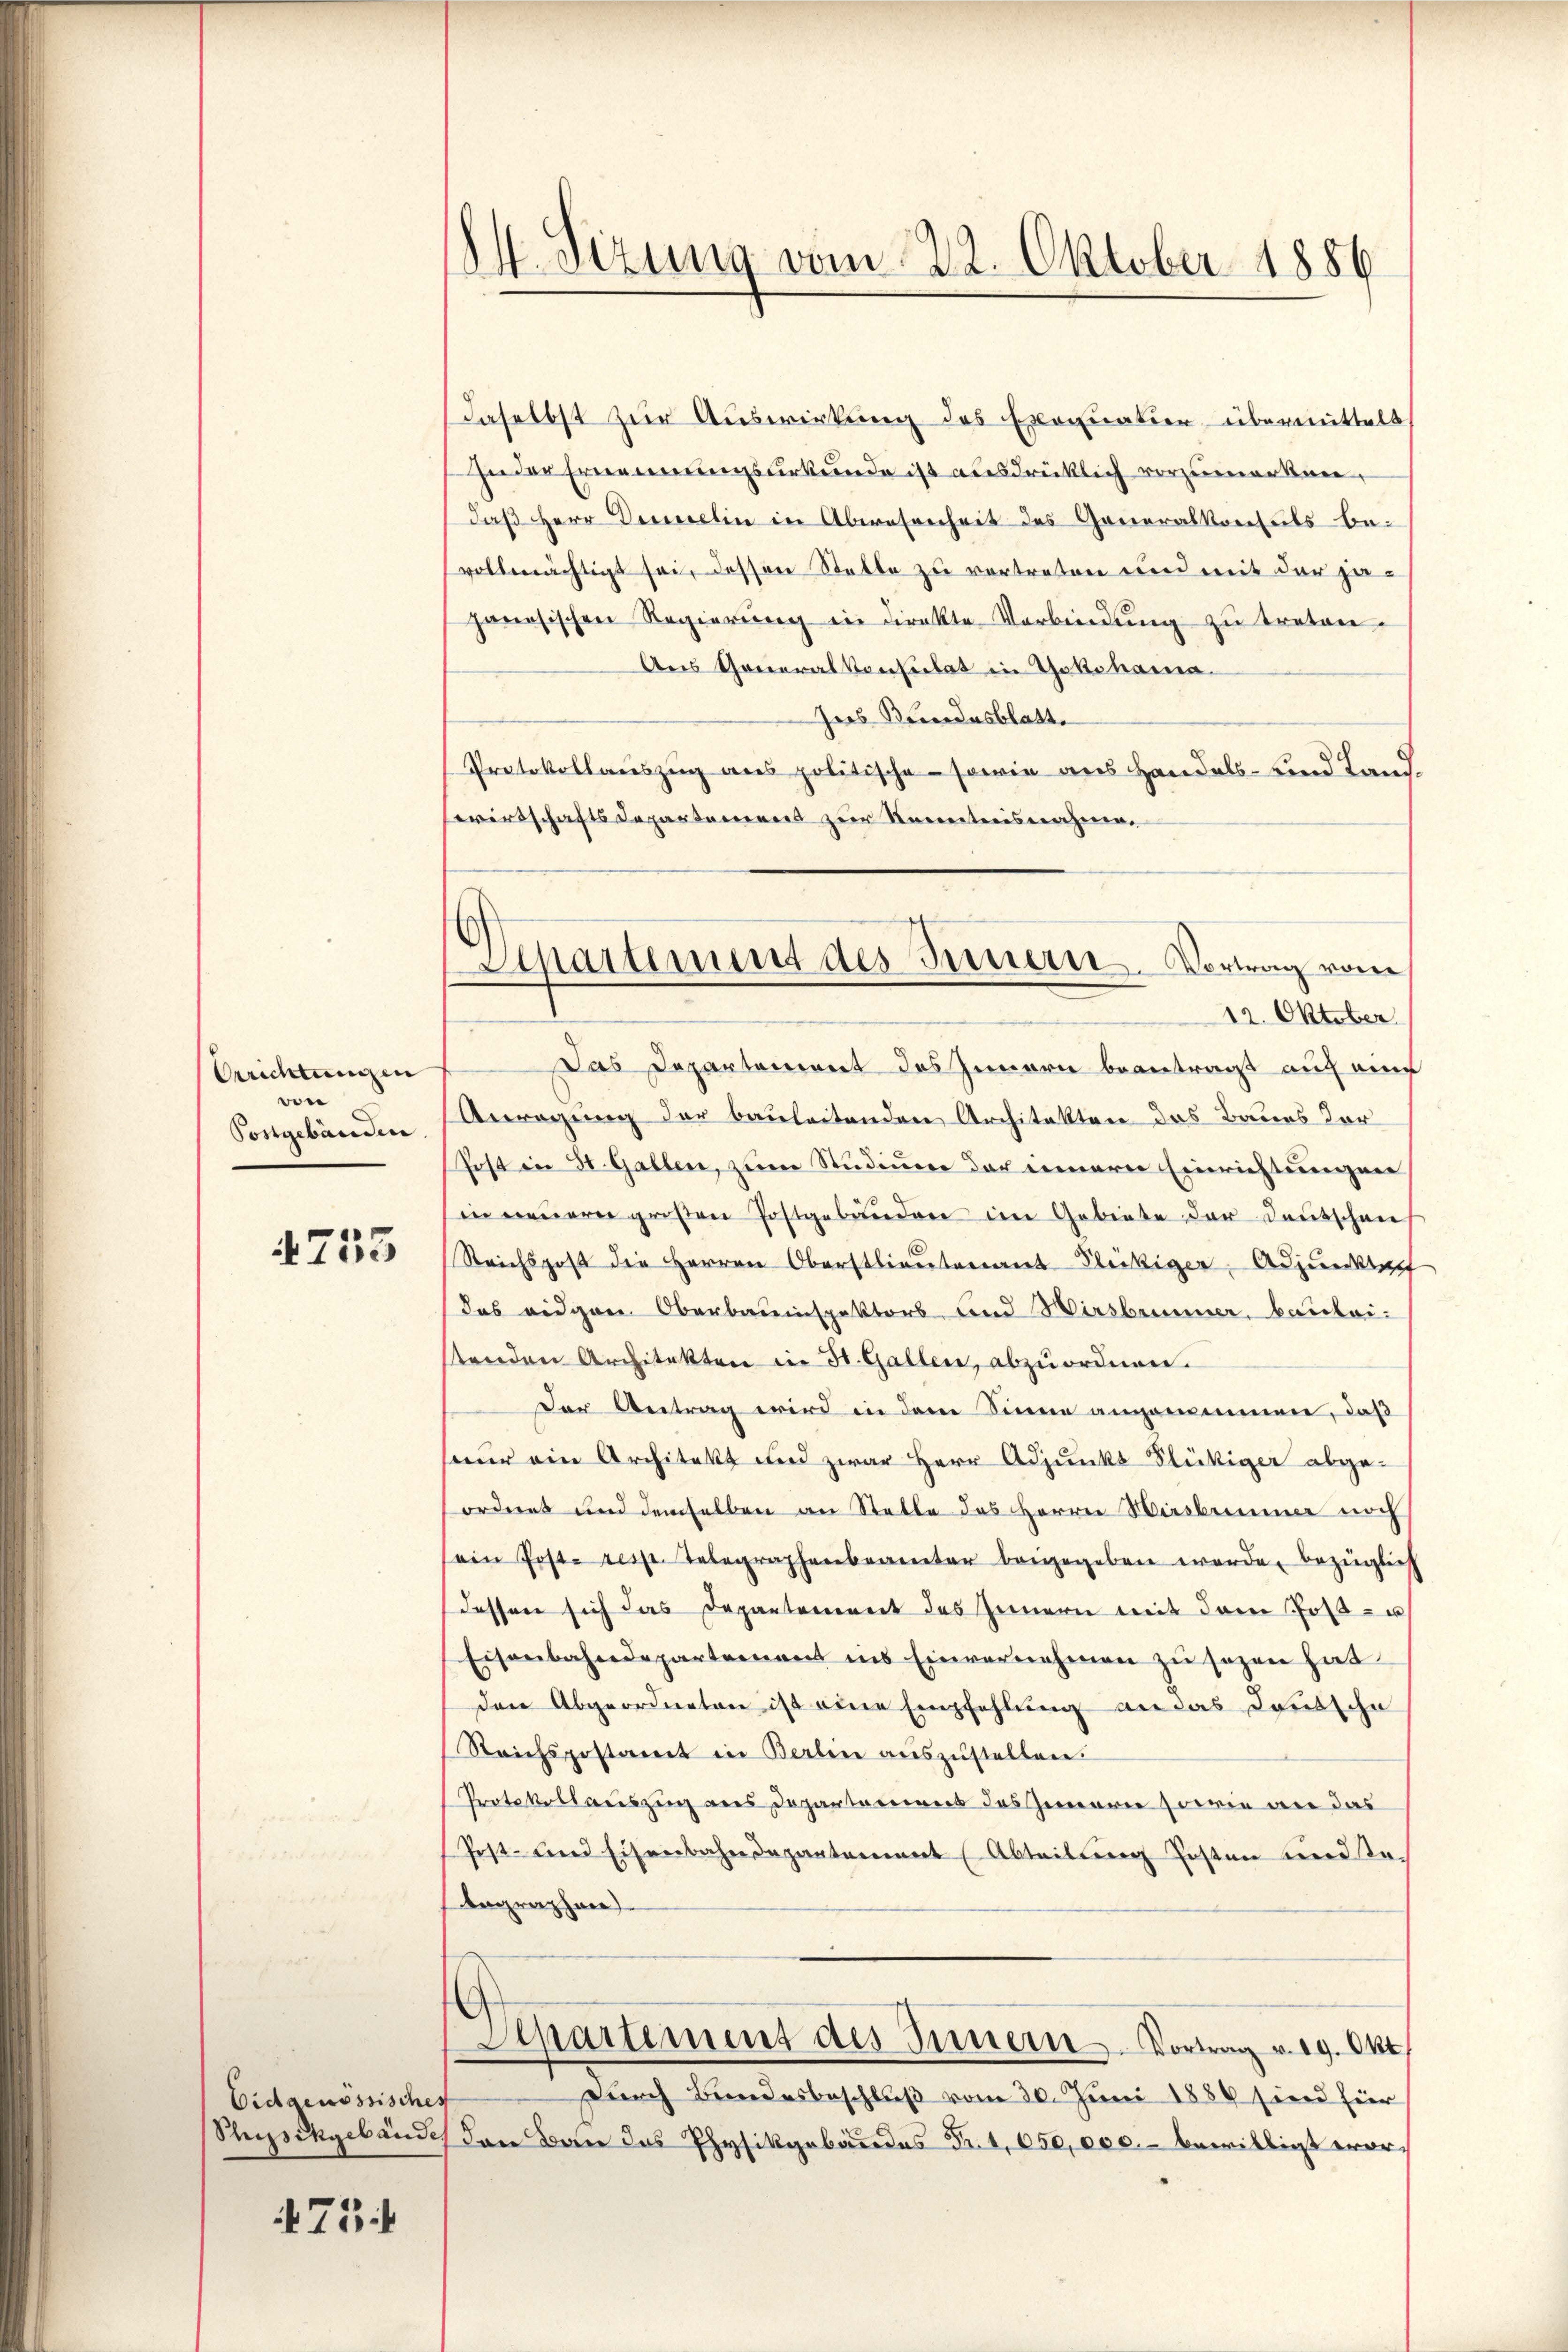
Orrichtungen
we
Postgebäuden.

753

Eidgenössisches

475

M. Sizung vom 22. Oktober 1886

daselbst zur Auswirkung des Exequation übermittelt
In der Ernennungsurkunde ist ausdrücklich vorzumerken,
daß Herr Demelin in Abwesenheit des Generalkonseils be-
vollmächtigt sei, dessen Statte zu vertreten und mit der ja-
panesischen Regierung in direkte Verbindung zu treten.
Aus Generalkonsulat in Yokohama
Ins Bundesblatt.
Protokollauszug aus politische - sowie aus Handels- und Landwirtschafts Departement zur Kenntnisnahme.
12. Oktober
Das Departement des Innern beantragt auf eine
Anregung der bauleitenden Architekten das Baues Vor
Post in St. Gallen, zum Studium der innern Einrichtungen
in neuerer großen Postgebäuden im Gebiete der Deutschen
Reichspost die Herren Oberstlieutenant Fleckiger, Adjunksch
das eidgen Oberbauinspektors und Wirsbrunner, bauleistenden Architekten in St. Gallen, abzuordnen.
Der Antrag wird in den Sinne angenommen, daß
seur ein Architekt und zwar Herr Adjunks Flückiger abge-
ordnet und demselben an Stelle des Herrn Hirsbummer noch
(ein Post- resp. Telegraphenbeamter beigegeben werde, bezüglich
dessen sich das Departement des Innern mit dem Post- u
Eisenbahndepartement ins Einvernehmen zu sezen hat.
den Abgeordneten ist eine Empfehlung an das Deutsche
Reichspostamt in Berlin aŭszŭstellen.
Protokollauszug aus Departemens des Gemarie sowie an das
Post- und Eisenbahndepartement (Abteilŭng Posten und Te¬
Aegraphen
Apartement des Innern. Vortrag v. 19. Okt.
durch Bundesbeschluß vom 30. Juni 1889 sind für
Stysikgebäudes den Bau das Physikgebäudes Fr. 1,650,000.- bewilligt wor¬

Martement des Innern. Vortrag vom